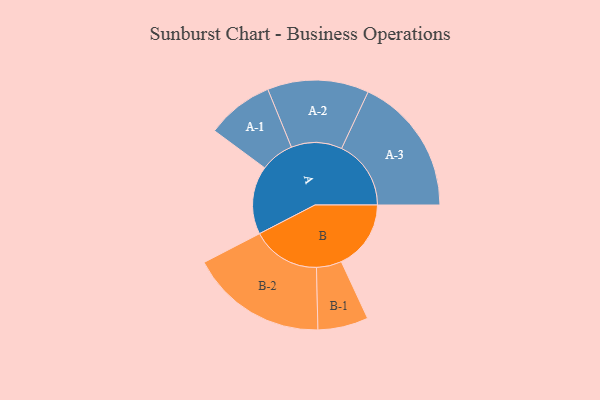
{"axis": {"x": "Segment", "y": "Value"}, "legend": ["", "A", "B"], "data": [{"x": "A", "y": 295, "type": ""}, {"x": "B", "y": 301, "type": ""}, {"x": "A-1", "y": 145, "type": "A"}, {"x": "A-2", "y": 219, "type": "A"}, {"x": "A-3", "y": 300, "type": "A"}, {"x": "B-1", "y": 109, "type": "B"}, {"x": "B-2", "y": 296, "type": "B"}]}